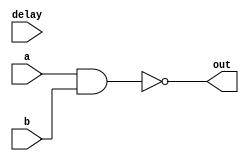
module nand_gate_delay (
    input wire a,
    input wire b,
    output wire out,
    input wire delay
);

reg internal_out;

assign out = internal_out;

always @(a or b or delay) begin
    #delay internal_out = ~(a & b);
end

endmodule